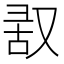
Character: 𪠬